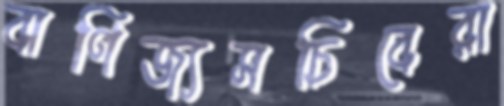
বাণিজ্যসচিবেরা